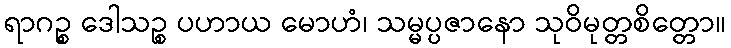
ရာဂဉ္စ ဒေါသဉ္စ ပဟာယ မောဟံ၊ သမ္မပ္ပဇာနော သုဝိမုတ္တစိတ္တော။